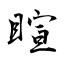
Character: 睻